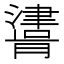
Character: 𰝪